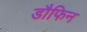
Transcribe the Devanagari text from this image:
डौफिन